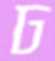
ঢ